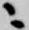
ニ